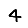
Digit: 4